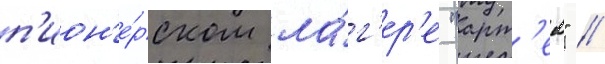
п'ион'е́рском ла́г'ер'е "арт'ек" //